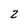
Character: 2